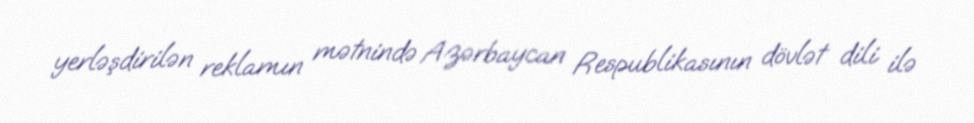
yerləşdirilən reklamın mətnində Azərbaycan Respublikasının dövlət dili ilə